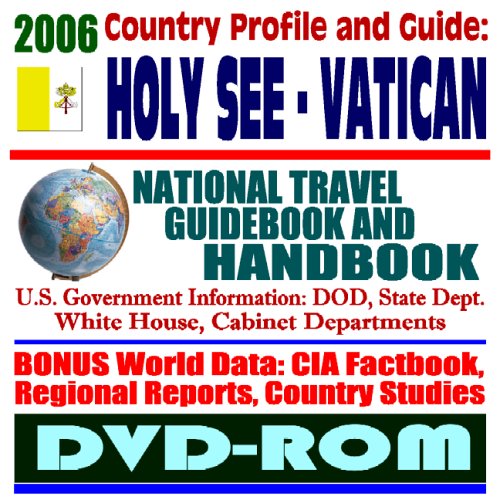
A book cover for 2006 Country Profile and Guide to the Holy See (Vatican City) - National Travel Guidebook and Handbook (DVD-ROM); U.S. Government; Travel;